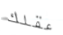
عقلك